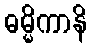
ဓမ္မိကာနိ